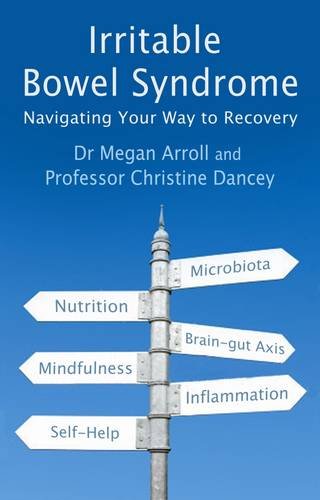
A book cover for Irritable Bowel Syndrome: Navigating Your Way to Recovery; Dr. Megan A. Arroll; Health, Fitness & Dieting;